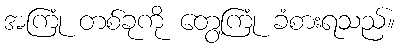
အကြုံ တစ်ခုကို တွေ့ကြုံ ခံစားရသည်။